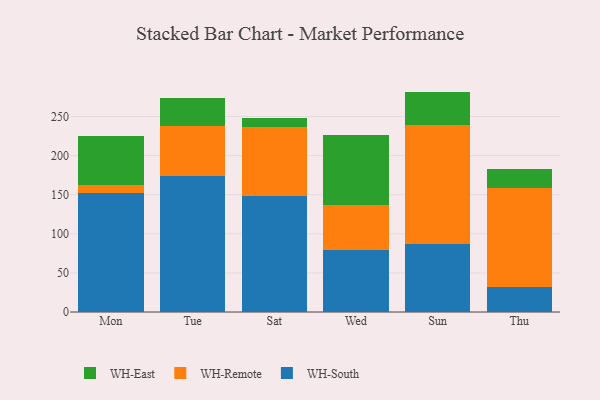
{"axis": {"x": "Day", "y": "Net Income (USD K)"}, "legend": ["WH-East", "WH-Remote", "WH-South"], "data": [{"x": "Mon", "y": 152.7, "type": "WH-South"}, {"x": "Mon", "y": 9.5, "type": "WH-Remote"}, {"x": "Mon", "y": 62.9, "type": "WH-East"}, {"x": "Tue", "y": 173.8, "type": "WH-South"}, {"x": "Tue", "y": 63.6, "type": "WH-Remote"}, {"x": "Tue", "y": 36.3, "type": "WH-East"}, {"x": "Sat", "y": 148.1, "type": "WH-South"}, {"x": "Sat", "y": 88.3, "type": "WH-Remote"}, {"x": "Sat", "y": 11.2, "type": "WH-East"}, {"x": "Wed", "y": 78.7, "type": "WH-South"}, {"x": "Wed", "y": 58.0, "type": "WH-Remote"}, {"x": "Wed", "y": 89.1, "type": "WH-East"}, {"x": "Sun", "y": 86.9, "type": "WH-South"}, {"x": "Sun", "y": 152.4, "type": "WH-Remote"}, {"x": "Sun", "y": 42.5, "type": "WH-East"}, {"x": "Thu", "y": 32.4, "type": "WH-South"}, {"x": "Thu", "y": 125.9, "type": "WH-Remote"}, {"x": "Thu", "y": 24.0, "type": "WH-East"}]}